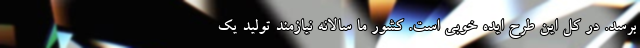
برسد. در کل این طرح ایده خوبی است. کشور ما سالانه نیازمند تولید یک